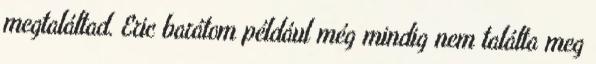
megtaláltad. Eric barátom például még mindig nem találta meg